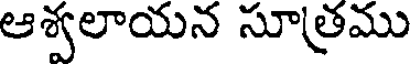
ఆశ్వలాయన సూత్రము